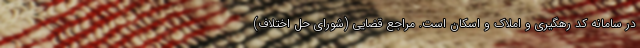
در سامانه کد رهگیری و املاک و اسکان است. مراجع قضایی (شورای حل اختلاف)